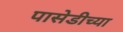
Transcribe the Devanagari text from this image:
पासेडीच्या